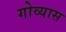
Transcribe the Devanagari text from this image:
गोव्यास